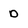
Character: D